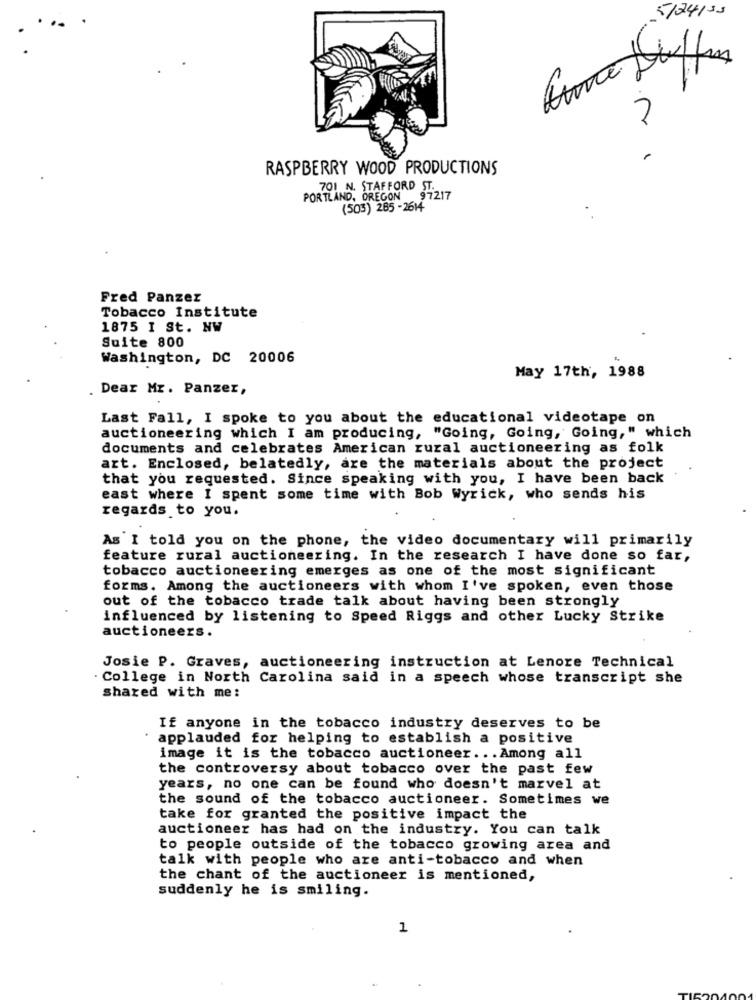
5/24/35
7
RASPBERRY WOOD PRODUCTIONS
PORTLAND, OREGON
701 N. STAFFORD 57217
(503) 265 -2614
Fred Panzez
Tobacco Institute
1875 I St. NW
Suite 800
Washington, DC 20006
May 17th, 1988
. Dear Mr. Panzer,
Last Fall, I spoke to you about the educational videotape on
auctioneering which I am producing, "Going, Going, Going," which
documents and celebrates American rural auctioneering as folk
art. Enclosed, belatedly, are the materials about the project
that you requested. Since speaking with you, I have been back
east where I spent some time with Bob Wyrick, who sends his
regards to you.
As I told you on the phone, the video documentary will primarily
feature rural auctioneering. In the research I have done so far,
tobacco auctioneering emerges as one of the most significant
forms. Among the auctioneers with whom I've spoken, even those
out of the tobacco trade talk about having been strongly
influenced by listening to Speed Riggs and other Lucky Strike
auctioneers.
Josie P. Graves, auctioneering instruction at Lenore Technical
· College in North Carolina said in a speech whose transcript she
shared with me:
If anyone in the tobacco industry deserves to be
.
applauded for helping to establish a positive
image it is the tobacco auctioneer ... Among all
the controversy about tobacco over the past few
years, no one can be found who doesn't marvel at
the sound of the tobacco auctioneer. Sometimes we
take for granted the positive impact the
auctioneer has had on the industry. You can talk
to people outside of the tobacco growing area and
talk with people who are anti-tobacco and when
the chant of the auctioneer is mentioned,
suddenly he is smiling.
1